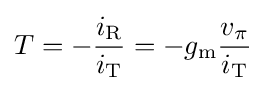
T=-{\frac {i_{\mathrm {R} }}{i_{\mathrm {T} }}}=-g_{\mathrm {m} }{\frac {v_{\pi }}{i_{\mathrm {T} }}}